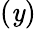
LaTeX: (\mathit{y})